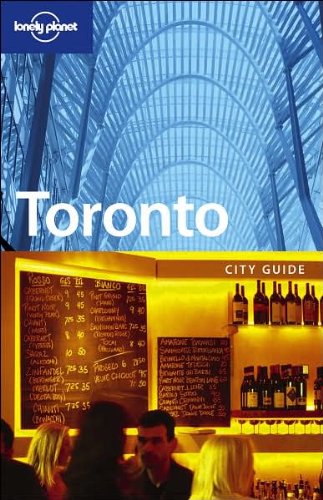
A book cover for Lonely Planet Toronto (City Guide); Natalie Folster; Travel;